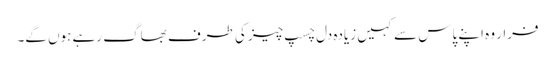
فرار وہ اپنے پاس سے کہیں زیادہ دل چسپ چیز کی طرف بھاگ رہے ہوں گے۔